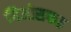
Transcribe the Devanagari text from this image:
गिओसफत